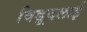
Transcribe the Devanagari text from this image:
विड़ूदलाई